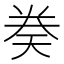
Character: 𫝤